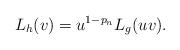
LaTeX: \begin{align*}L_h(v)=u^{1-p_n}L_g(uv).\end{align*}